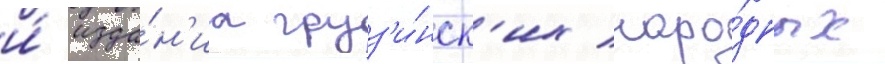
и́ изда́н'иа груз'и́нск'их наро́дных